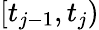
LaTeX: [t_{j-1},t_{j})